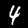
Label: 4